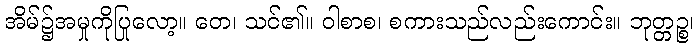
အိမ်၌အမှုကိုပြုလော့။ တေ၊ သင်၏။ ဝါစာစ၊ စကားသည်လည်းကောင်း။ ဘုတ္တဉ္စ၊